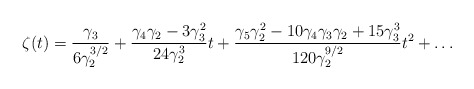
\begin{align*}\zeta (t) = \frac{\gamma_{3} }{ 6 \gamma_{2}^{3/2} } + \frac{ \gamma_{4} \gamma_{2} - 3 \gamma_{3}^2 }{ 24 \gamma_{2}^3 } t + \frac{\gamma_{5} \gamma_{2}^2 - 10 \gamma_{4} \gamma_{3} \gamma_{2} + 15 \gamma_{3}^3 }{ 120 \gamma_{2}^{9/2} } t^2 + \ldots \end{align*}